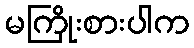
မကြိုးစားပါက